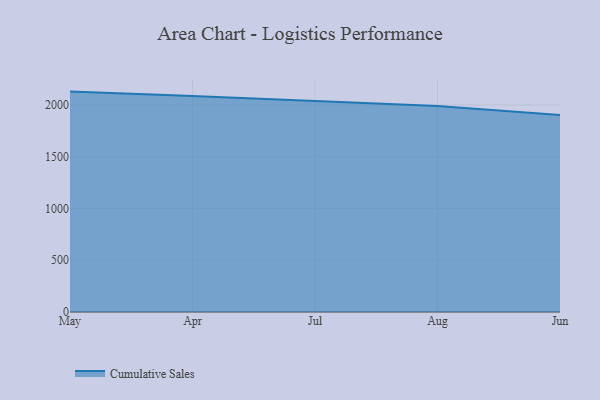
{"axis": {"x": "Month", "y": "Shipments"}, "legend": ["Cumulative Sales"], "data": [{"x": "May", "y": 2129.9, "type": "Cumulative Sales"}, {"x": "Apr", "y": 2088.3, "type": "Cumulative Sales"}, {"x": "Jul", "y": 2038.7, "type": "Cumulative Sales"}, {"x": "Aug", "y": 1990.9, "type": "Cumulative Sales"}, {"x": "Jun", "y": 1903.4, "type": "Cumulative Sales"}]}